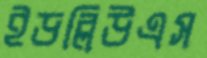
ইডব্লিউএস